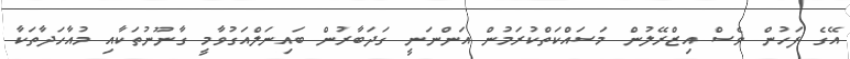
އޭގެ ފަހުން ވެސް އިޒްރޭލުން މަސައްކަތްކުރަމުން އަންނަނީ ގަދަބާރުން ބައިނަލްއަގުވާމީ ގާނޫނުތަކާއި މުއާހަދާތަކާ